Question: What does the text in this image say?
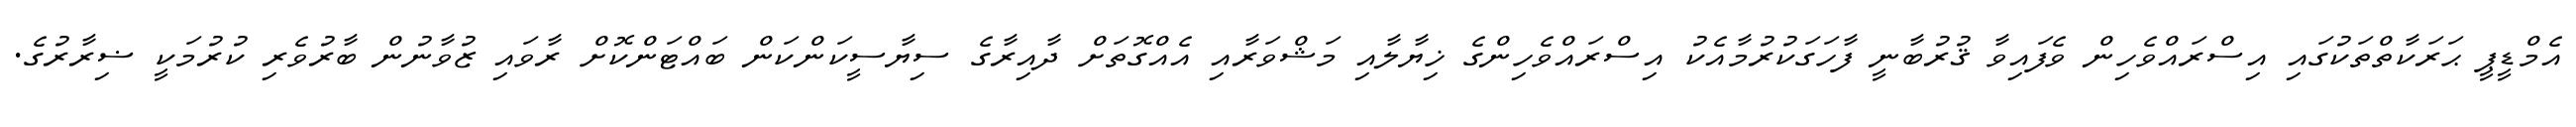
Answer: އެމްޑީޕީ ޙަރަކާތްތަކުގައި އިސްރައްވެހިން ވެފައިވާ ޤުރުބާނީ ފާހަގަކުރުމާއެކު އިސްރައްވެހިންގެ ޚިޔާލާއި މަޝްވަރާއި އެއްގޮތަށް ދާއިރާގެ ސިޔާސީކަންކަން ބައްޓަންކޮށް ރާވައި ޒުވާނުން ބާރުވެރި ކުރުމަކީ ޟިރާރުގެ.